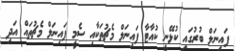
ފައިނަލް ބުރުގައި ކުޅޭނީ ކުއާޓާ ފައިނަލް މެޗުތަކާއި ސެމީ ފައިނަލް މެޗުތައް އަދި